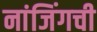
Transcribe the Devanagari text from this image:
नांजिंगची